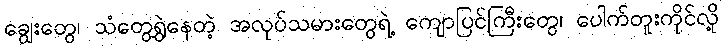
ချွေးတွေ၊ သံတွေရွှဲနေတဲ့ အလုပ်သမားတွေရဲ့ ကျောပြင်ကြီးတွေ၊ ပေါက်တူးကိုင်လို့